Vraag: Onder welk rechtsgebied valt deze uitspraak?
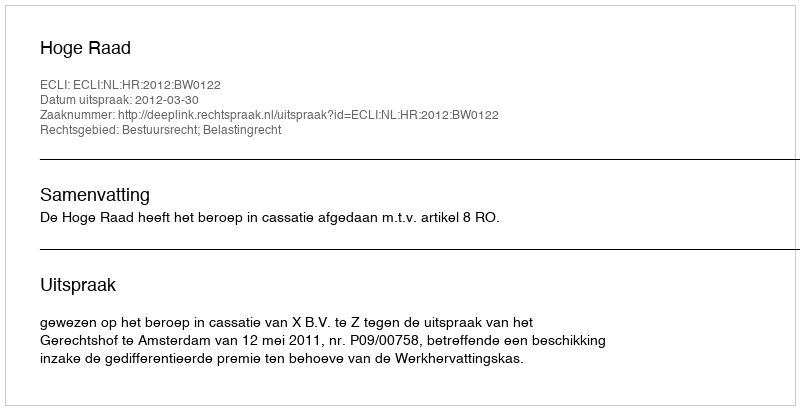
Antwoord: Bestuursrecht; Belastingrecht